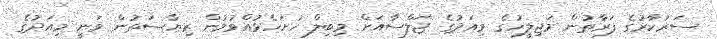
ސަރުކާރުގެ ފަރާތުން މަޖިލީހުގެ މިއަދުގެ ޖަލްސާއަށް މިބިލް ހުށަހެޅުއްވުމުން ރިޔާސަތުން ވަނީ މިއަދުގެ